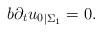
\begin{align*}b\partial _t{u_0}_{|\Sigma _1}=0.\end{align*}